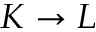
K \rightarrow L